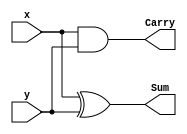

module Half_Adder_2 (Sum, Carry, x, y);
	output Sum, Carry;
	input x, y;
	
	xor (Sum, x, y);
	and (Carry, x, y);
	
endmodule